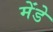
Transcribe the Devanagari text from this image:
मेंडे